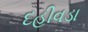
દહીવડા